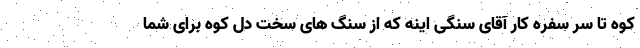
کوه تا سر سفره کار آقای سنگی اینه که از سنگ های سخت دل کوه برای شما